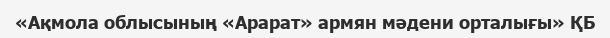
«Ақмола облысының «Арарат» армян мәдени орталығы» ҚБ